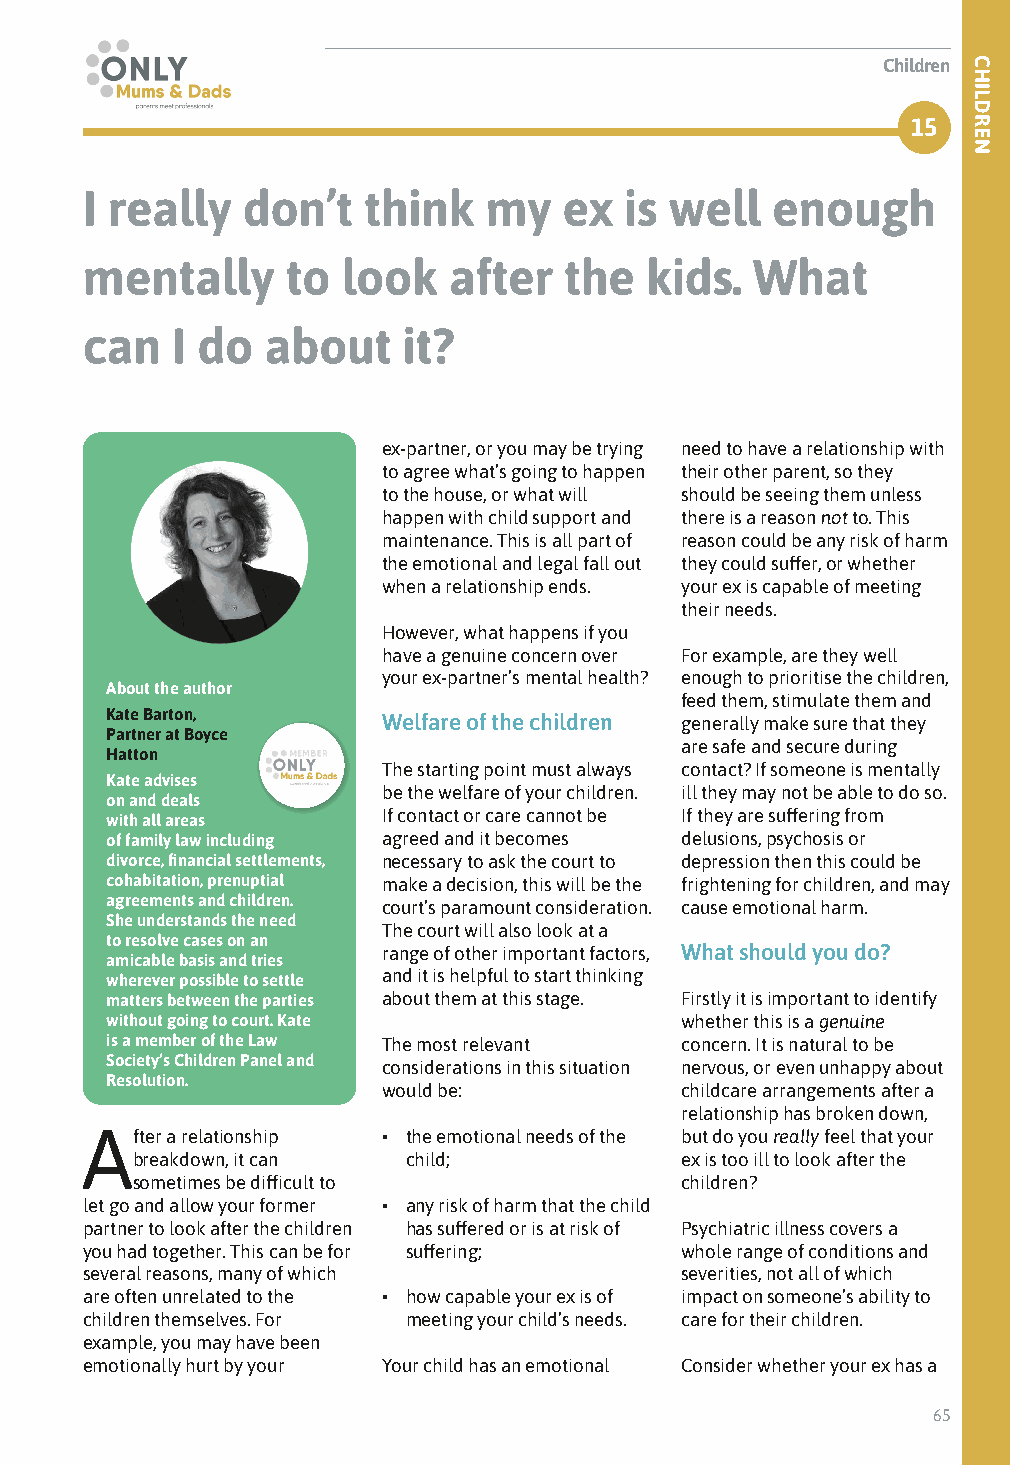
Children
 15
 I really   don’t   think   my   ex  is well   enough
 mentally      to  look   after  the   kids.  What
 can   I do   about    it?
 ex-partner, or you may be trying need to have a relationship with
 to agree what’s going to happen their other parent, so they
 to the house, or what will should be seeing them unless
 happen with child support and there is a reason not to. This
 maintenance. This is all part of reason could be any risk of harm
 the emotional and legal fall out they could suffer, or whether
 when a relationship ends. your ex is capable of meeting
 their needs.
 However, what happens if you
 have a genuine concern over For example, are they well
 your ex-partner’s mental health? enough to prioritise the children,
 About the author
 feed them, stimulate them and
 Kate Barton,      Welfare of the children generally make sure that they
 Partner at Boyce
 are safe and secure during
 Hatton
 The starting point must always contact? If someone is mentally
 Kate advises
 be the welfare of your children. ill they may not be able to do so.
 on and deals
 with all areas    If contact or care cannot be If they are suffering from
 of family law including agreed and it becomes delusions, psychosis or
 divorce, financial settlements, necessary to ask the court to depression then this could be
 cohabitation, prenuptial make a decision, this will be the frightening for children, and may
 agreements and children. court’s paramount consideration. cause emotional harm.
 She understands the need
 The court will also look at a
 to resolve cases on an
 range of other important factors, What should you do?
 amicable basis and tries
 wherever possible to settle and it is helpful to start thinking
 matters between the parties about them at this stage. Firstly it is important to identify
 without going to court. Kate          whether this is a genuine
 is a member of the Law The most relevant concern. It is natural to be
 Society’s Children Panel and considerations in this situation nervous, or even unhappy about
 Resolution.
 would be:           childcare arrangements after a
 relationship has broken down,
 After a relationship • the emotional needs of the but do you really feel that your
 breakdown, it can child;            ex is too ill to look after the
 sometimes be difficult to           children?
 let go and allow your former • any risk of harm that the child
 partner to look after the children has suffered or is at risk of Psychiatric illness covers a
 you had together. This can be for suffering; whole range of conditions and
 several reasons, many of which          severities, not all of which
 are often unrelated to the • how capable your ex is of impact on someone’s ability to
 children themselves. For meeting your child’s needs. care for their children.
 example, you may have been
 emotionally hurt by your Your child has an emotional Consider whether your ex has a
 65
 CHILDREN